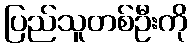
ပြည်သူတစ်ဦးကို